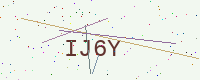
Text: IJ6Y